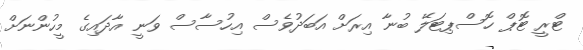
ޓްރީ ޓޮޕް ހޮސްޕިޓަލޭ ބުނާ އިރަށް އަބަދުވެސް އިހުސާސް ވަނީ އާދައިގެ މީހުންނަށް